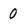
Character: 0